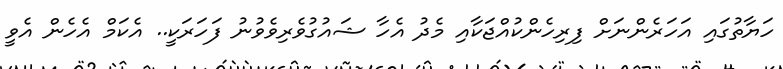
ހަޔާތުގައި އަހަރެންނަށް ފިރިހެންކުއްޖަކާއި މެދު އެހާ ޝައުގުވެރިވެވުނު ފަހަރަކީ.. އެކަމް އެހެން އެވީ